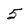
Character: 5